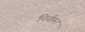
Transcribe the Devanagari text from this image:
निर्यमन